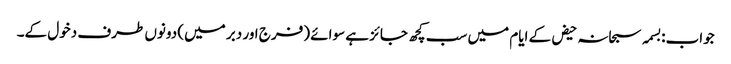
جواب:بسمہ سبحانہ حیض کے ایام میں سب کچھ جائز ہے سوائے (فرج اور دبر میں) دونوں طرف دخول کے۔